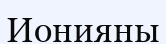
Ионияны